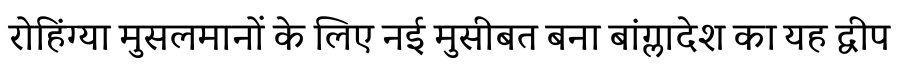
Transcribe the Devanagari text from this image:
रोहिंग्या मुसलमानों के लिए नई मुसीबत बना बांग्लादेश का यह द्वीप